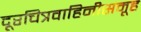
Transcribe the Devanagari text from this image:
दूरचित्रवाहिनीसमूह